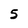
Character: 5